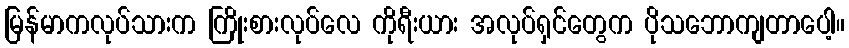
မြန်မာကလုပ်သားက ကြိုးစားလုပ်လေ ကိုရီးယား အလုပ်ရှင်တွေက ပိုသဘောကျတာပေါ့။